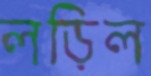
লড়িল